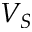
V _ { S }